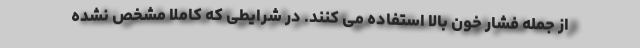
از جمله فشار خون بالا استفاده می کنند. در شرایطی که کاملا مشخص نشده